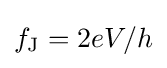
f_{\text{J}}=2eV/h